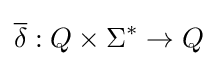
{\overline {\delta }}:Q\times \Sigma ^{*}\to Q